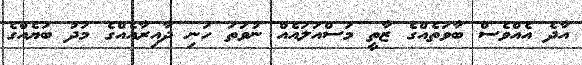
އާދެ އެއްވެސް ބާވަތެއްގެ ޒާތީ މަސްއަލައެއް ނުވަތަ ހަނި ދާއިރާއެއްގެ މަދު ބަޔެއްގެ